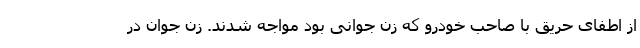
از اطفای حریق با صاحب خودرو که زن جوانی بود مواجه شدند. زن جوان در